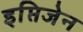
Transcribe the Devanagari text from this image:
इप्तिजेन